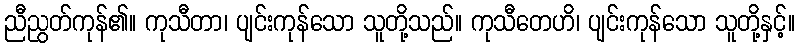
ညီညွတ်ကုန်၏။ ကုသီတာ၊ ပျင်းကုန်သော သူတို့သည်။ ကုသီတေဟိ၊ ပျင်းကုန်သော သူတို့နှင့်။